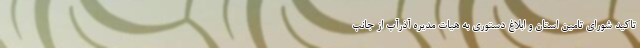
تاکید شورای تامین استان و ابلاغ دستوری به هیات مدیره آذرآب از جانب